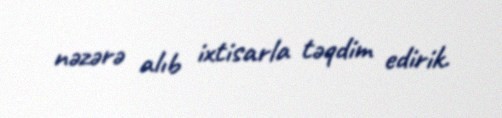
nəzərə alıb ixtisarla təqdim edirik.